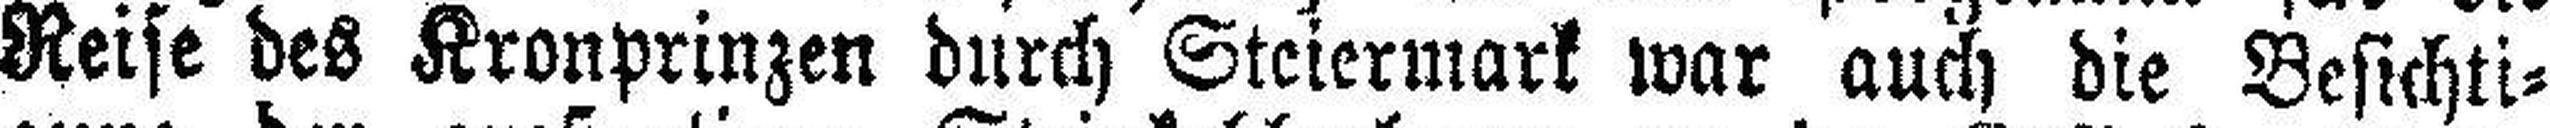
Reise des Kronprinzen durch Steiermark war auch die Besichti¬